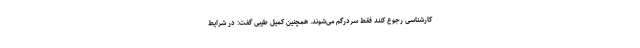
کارشناسی رجوع کنند فقط سردرگم می‌شوند. همچنین کمیل طیبی گفت: در شرایط